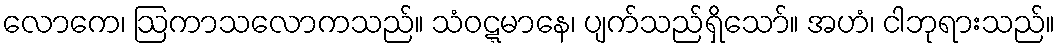
လောကေ၊ ဩကာသလောကသည်။ သံဝဋ္ဋမာနေ၊ ပျက်သည်ရှိသော်။ အဟံ၊ ငါဘုရားသည်။